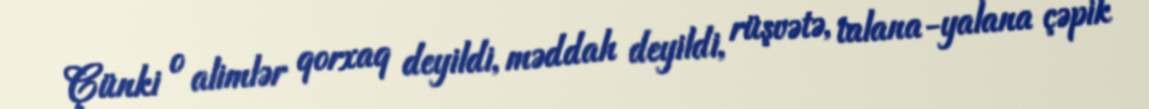
Çünki o alimlər qorxaq deyildi, məddah deyildi, rüşvətə, talana-yalana çəpik